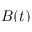
B ( t )